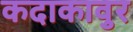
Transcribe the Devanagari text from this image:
कदाकावुर